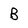
Character: B